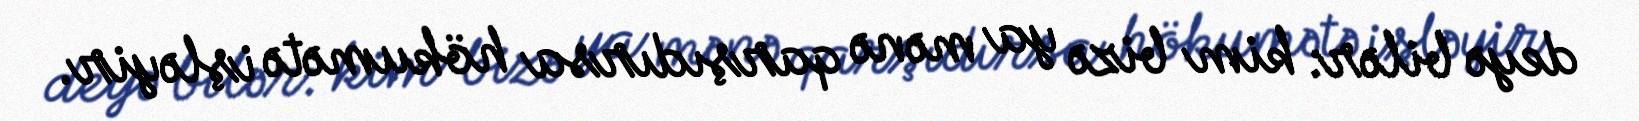
deyə bilər: kim bizə ya mənə qarşıdırsa hökumətə işləyir.